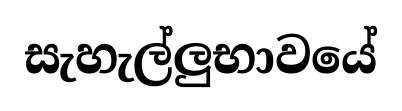
සැහැල්ලුභාවයේ